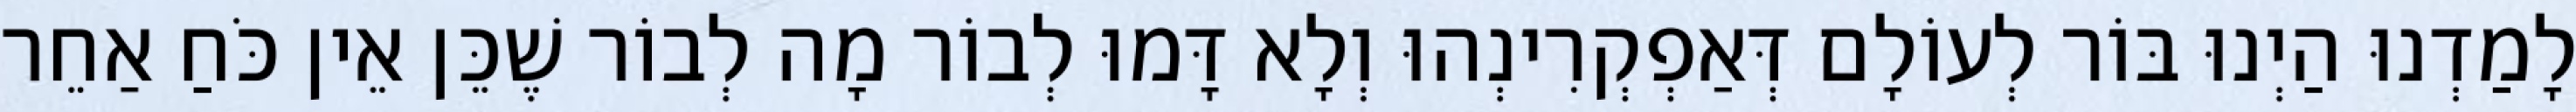
לָמַדְנוּ הַיְנוּ בּוֹר לְעוֹלָם דְּאַפְקְרִינְהוּ וְלָא דָּמוּ לְבוֹר מָה לְבוֹר שֶׁכֵּן אֵין כֹּחַ אַחֵר